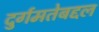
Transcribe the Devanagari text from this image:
दुर्गमतेबद्दल